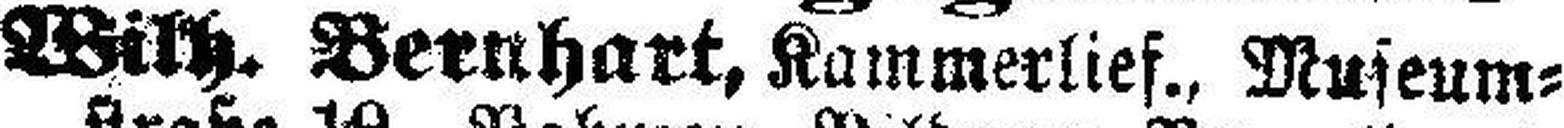
Wilh. Bernhart, Kammerlief., Museum¬